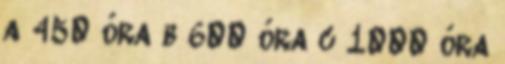
a 450 óra b 600 óra c 1000 óra